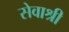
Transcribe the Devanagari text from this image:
सेवाश्री